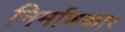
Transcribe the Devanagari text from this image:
निर्माणकार